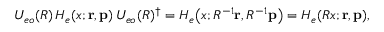
U _ { e o } ( R ) \, H _ { e } ( x ; { \mathbf { r } } , { \mathbf { p } } ) \, U _ { e o } ( R ) ^ { \dagger } = H _ { e } \bigl ( x ; R ^ { - 1 } { \mathbf { r } } , R ^ { - 1 } { \mathbf { p } } \bigr ) = H _ { e } ( R x ; { \mathbf { r } } , { \mathbf { p } } ) ,